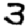
Digit: 3